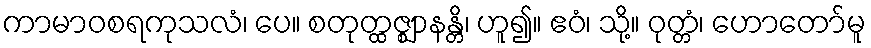
ကာမာဝစရကုသလံ၊ ပေ။ စတုတ္ထဇ္ဈာနန္တိ၊ ဟူ၍။ ဧဝံ၊ သို့။ ဝုတ္တံ၊ ဟောတော်မူ